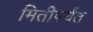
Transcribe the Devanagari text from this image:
मितीपर्यंत